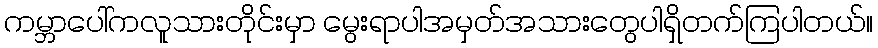
ကမ္ဘာပေါ်ကလူသားတိုင်းမှာ မွေးရာပါအမှတ်အသားတွေပါရှိတက်ကြပါတယ်။